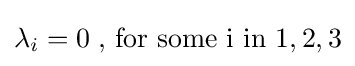
\lambda _{i}=0\;{\text{, for some i in }}{1,2,3}